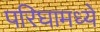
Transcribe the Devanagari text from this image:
परिघामध्ये